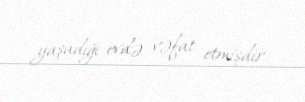
yaşadığı evdə vəfat etmişdir.